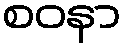
စဝနာ